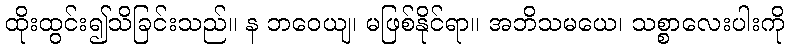
ထိုးထွင်း၍သိခြင်းသည်။ န ဘဝေယျ၊ မဖြစ်နိုင်ရာ။ အဘိသမယေ၊ သစ္စာလေးပါးကို